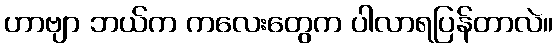
ဟာဗျာ ဘယ်က ကလေးတွေက ပါလာရပြန်တာလဲ။